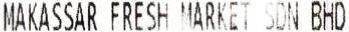
MAKASSAR FRESH MARKET SDN BHD